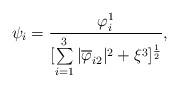
LaTeX: \begin{align*}{\psi_i}={\varphi_{i}^{1}\over{[\sum\limits_{i=1}^3|\overline{\varphi}_{i2}|^2+\xi^3]^{1\over2}}},\end{align*}